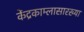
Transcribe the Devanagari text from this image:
केंद्रकाम्लासारख्या